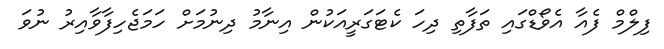
ފިލްމް ފެއާ އެވޯޑްގައި ތަފާތި ދިހަ ކެޓަގަރީއަކުން އިނާމު ދިނުމަށް ހަމަޖެހިފާވާއިރު ނުވަ